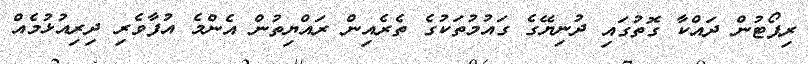
ރިޕޯޓުން ދައްކާ ގޮތުގައި ދުނިޔޭގެ ގައުމުތަކުގެ ތެރެއިން ރައްޔިތުން އެންމެ އުފާވެރި ދިރިއުޅުމެއް